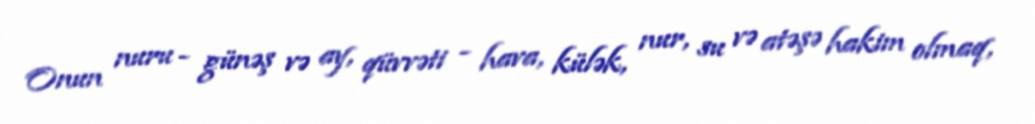
Onun nuru - günəş və ay, qüvvəti - hava, külək, nur, su və atəşə hakim olmaq,